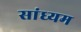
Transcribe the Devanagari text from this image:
सांध्यम